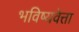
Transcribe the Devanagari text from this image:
भविष्यवेत्ता